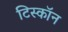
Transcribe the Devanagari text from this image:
टिस्कॉन